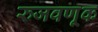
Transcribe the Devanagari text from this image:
रुजवणूक